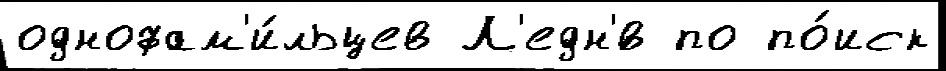
однофам'и́льцев Л'едн'́в по по́иск